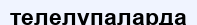
телелупаларда